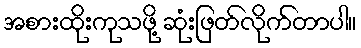
အစားထိုးကုသဖို့ ဆုံးဖြတ်လိုက်တာပါ။